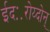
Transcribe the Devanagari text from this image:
ईदः॰रोय्दोन्